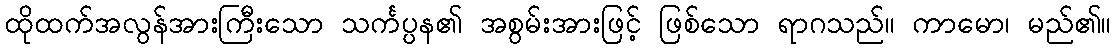
ထိုထက်အလွန်အားကြီးသော သင်္ကပ္ပန၏ အစွမ်းအားဖြင့် ဖြစ်သော ရာဂသည်။ ကာမော၊ မည်၏။